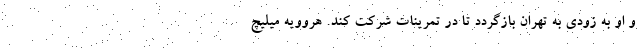
و او به زودی به تهران بازگردد تا در تمرینات شرکت کند. هروویه میلیچ